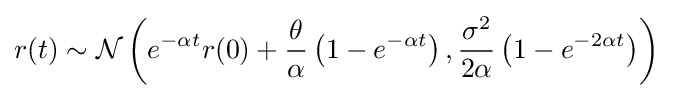
r(t)\sim {\mathcal {N}}\left(e^{-\alpha t}r(0)+{\frac {\theta }{\alpha }}\left(1-e^{-\alpha t}\right),{\frac {\sigma ^{2}}{2\alpha }}\left(1-e^{-2\alpha t}\right)\right)